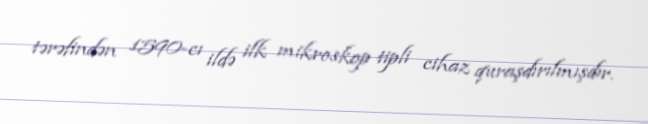
tərəfindən 1590-cı ildə ilk mikroskop tipli cihaz quraşdırılmışdır.